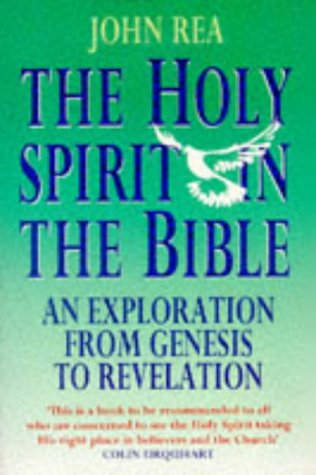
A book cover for The Holy Spirit in the Bible: An Exploration from Genesis to Revelation; John Rea; Religion & Spirituality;